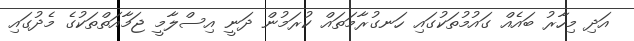
އަދި މިހާރު ބައެއް ގަައުމުތަކުގައި ހަނގުރާމަތައް ކުރަމުން ދަނީ އިސްލާމީ ޖަމާއަތްތަކުގެ މެދުގައި